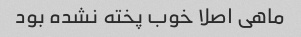
ماهی اصلا خوب پخته نشده بود